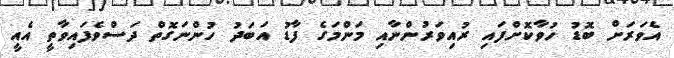
އެވަރަށް ބޮޑު ހުވާކޮށްފައި ރުއިވަރުންނާއި މަންމަގެ ފާޑު އަބަދު ހުންނަގޮތް ދަސްވެފައިވާތީ އެއީ